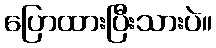
ပြောထားပြီးသားပဲ။